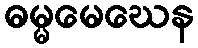
ဓမ္မမေဃေန